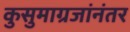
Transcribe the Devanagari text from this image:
कुसुमाग्रजांनंतर